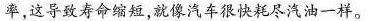
率，这导致寿命缩短，就像汽车很快耗尽汽油-一样。